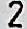
2